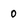
Character: 0